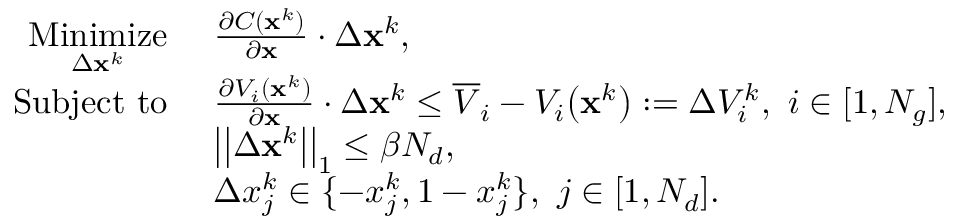
\begin{array} { r l } { \underset { \Delta \mathbf { x } ^ { k } } { \mathrm { M i n i m i z e } } } & { ~ \frac { \partial C ( \mathbf { x } ^ { k } ) } { \partial \mathbf { x } } \cdot \Delta \mathbf { x } ^ { k } \mathrm { , } } \\ { \mathrm { S u b j e c t ~ t o } } & { ~ \frac { \partial V _ { i } ( \mathbf { x } ^ { k } ) } { \partial \mathbf { x } } \cdot \Delta \mathbf { x } ^ { k } \le \overline { { V } } _ { i } - V _ { i } \big ( \mathbf { x } ^ { k } \big ) : = \Delta V _ { i } ^ { k } , ~ i \in [ 1 , N _ { g } ] \mathrm { , } } \\ & { ~ \big | \big | \Delta \mathbf { x } ^ { k } \big | \big | _ { 1 } \le \beta N _ { d } \mathrm { , } } \\ & { ~ \Delta x _ { j } ^ { k } \in \{ - x _ { j } ^ { k } , 1 - x _ { j } ^ { k } \} , ~ j \in [ 1 , N _ { d } ] \mathrm { . } } \end{array}